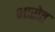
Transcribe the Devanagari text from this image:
भारोत